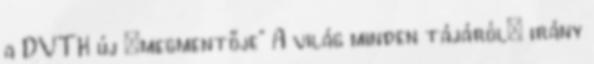
a DVTK új „megmentője” A világ minden tájáról: irány